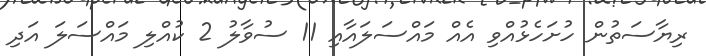
ރިޔާސަތުން ހުށަހެޅުއްވި އެއް މައްސަލައާއި 11 ސުވާލު 2 ކުއްލި މައްސަލަ އަދި